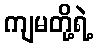
ကျမတို့ရဲ့